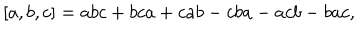
LaTeX: \left[ a , b , c \right] = a b c + b c a + c a b - c b a - a c b - b a c ,